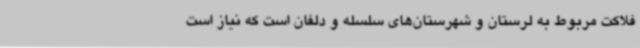
فلاکت مربوط به لرستان و شهرستان‌های سلسله و دلفان است که نیاز است